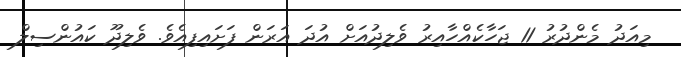
މިއަދު މެންދުރު 11 ޖަހާކެއްހާއިރު ވެލިދުއަށް އުދަ އަރަން ފަށައިފިއެވެ. ވެލިދޫ ކައުންސިލް